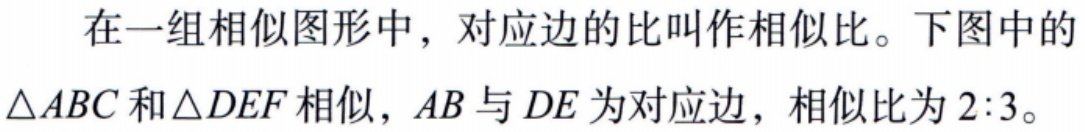
在一组相似图形中，对应边的比叫作相似比。下图中的$\triangle ABC$和$\triangle DEF$相似，$AB$与$DE$为对应边，相似比为$2:3$。